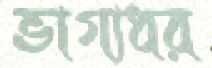
ভাগ্যধর